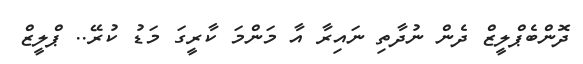
ދޮންބެޕްލީޒް ދެން ނުދާތި ނައިރާ އާ މަންމަ ކާރީގަ މަޑު ކުރޭ.. ޕްލީޒް